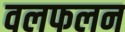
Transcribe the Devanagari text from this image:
वलफलन